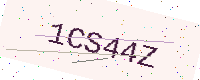
Text: 1CS44Z